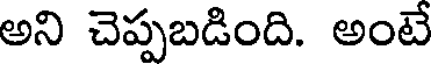
అని చెప్పబడింది. అంటే